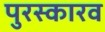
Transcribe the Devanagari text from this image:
पुरस्कारव